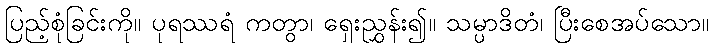
ပြည့်စုံခြင်းကို။ ပုရဿရံ ကတွာ၊ ရှေးညွှန်း၍။ သမ္ပာဒိတံ၊ ပြီးစေအပ်သော။